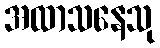
အထာသနေသု